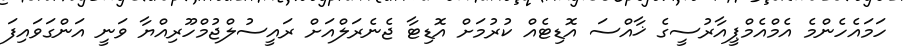
ހަމައެހެންމެ އެމްއެމްޕީއާރުސީގެ ޚާއްސަ އޮޑިޓެއް ކުރުމަށް އޮޑިޓާ ޖެނެރަލްއަށް ރައީސުލްޖުމްހޫރިއްޔާ ވަނީ އަންގަވައިފަ